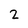
Character: 2